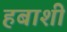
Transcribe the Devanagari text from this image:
हबाशी